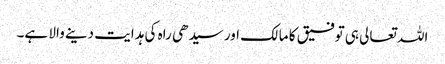
اللہ تعالی ہی توفیق کا مالک اور سیدھی راہ کی ہدایت دینے والا ہے۔